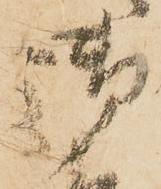
御